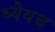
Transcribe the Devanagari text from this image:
ध्येयच